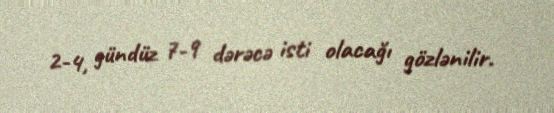
2-4, gündüz 7-9 dərəcə isti olacağı gözlənilir.